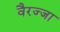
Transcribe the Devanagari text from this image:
वैरज्जा